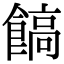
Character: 𩝝